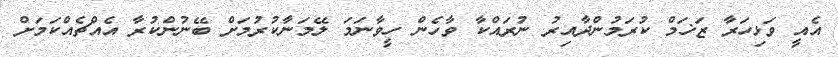
އެއީ ވަޅިހަރާ ޒަޚަމް ކުރަމުންދާއިރު ނުރައްކާ ވާހެން ހީވާނަމަ ލޭމަނާކުރުމަށް ބޭނުންކުރާ އެއްޗެއްކަމަށް